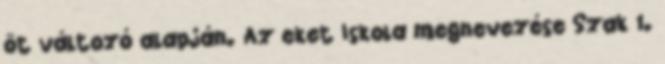
öt változó alapján. Az eket Iskola megnevezése Szak 1.